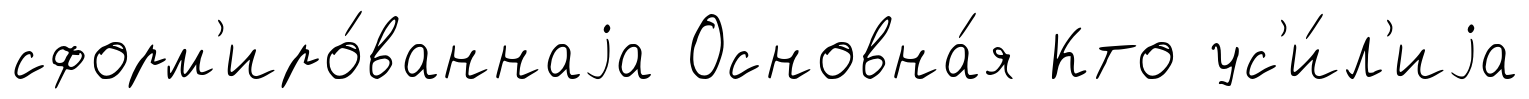
сформ'иро́ваннаjа Основна́я Кто ус'и́л'иjа